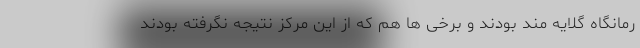
رمانگاه گلایه مند بودند و برخی ها هم که از این مرکز نتیجه نگرفته بودند